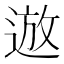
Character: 䢟